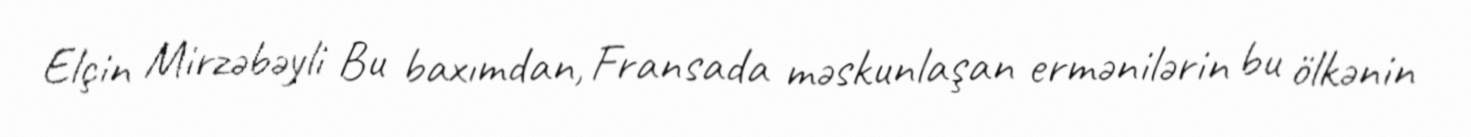
Elçin Mirzəbəyli Bu baxımdan, Fransada məskunlaşan ermənilərin bu ölkənin